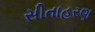
સીતાહરણ